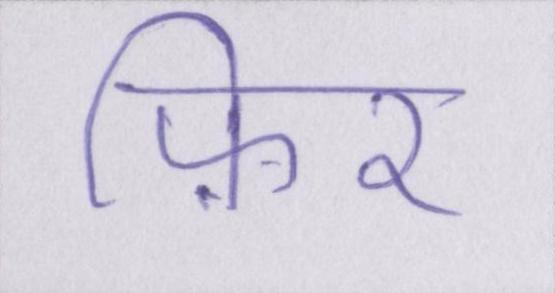
फ़िर